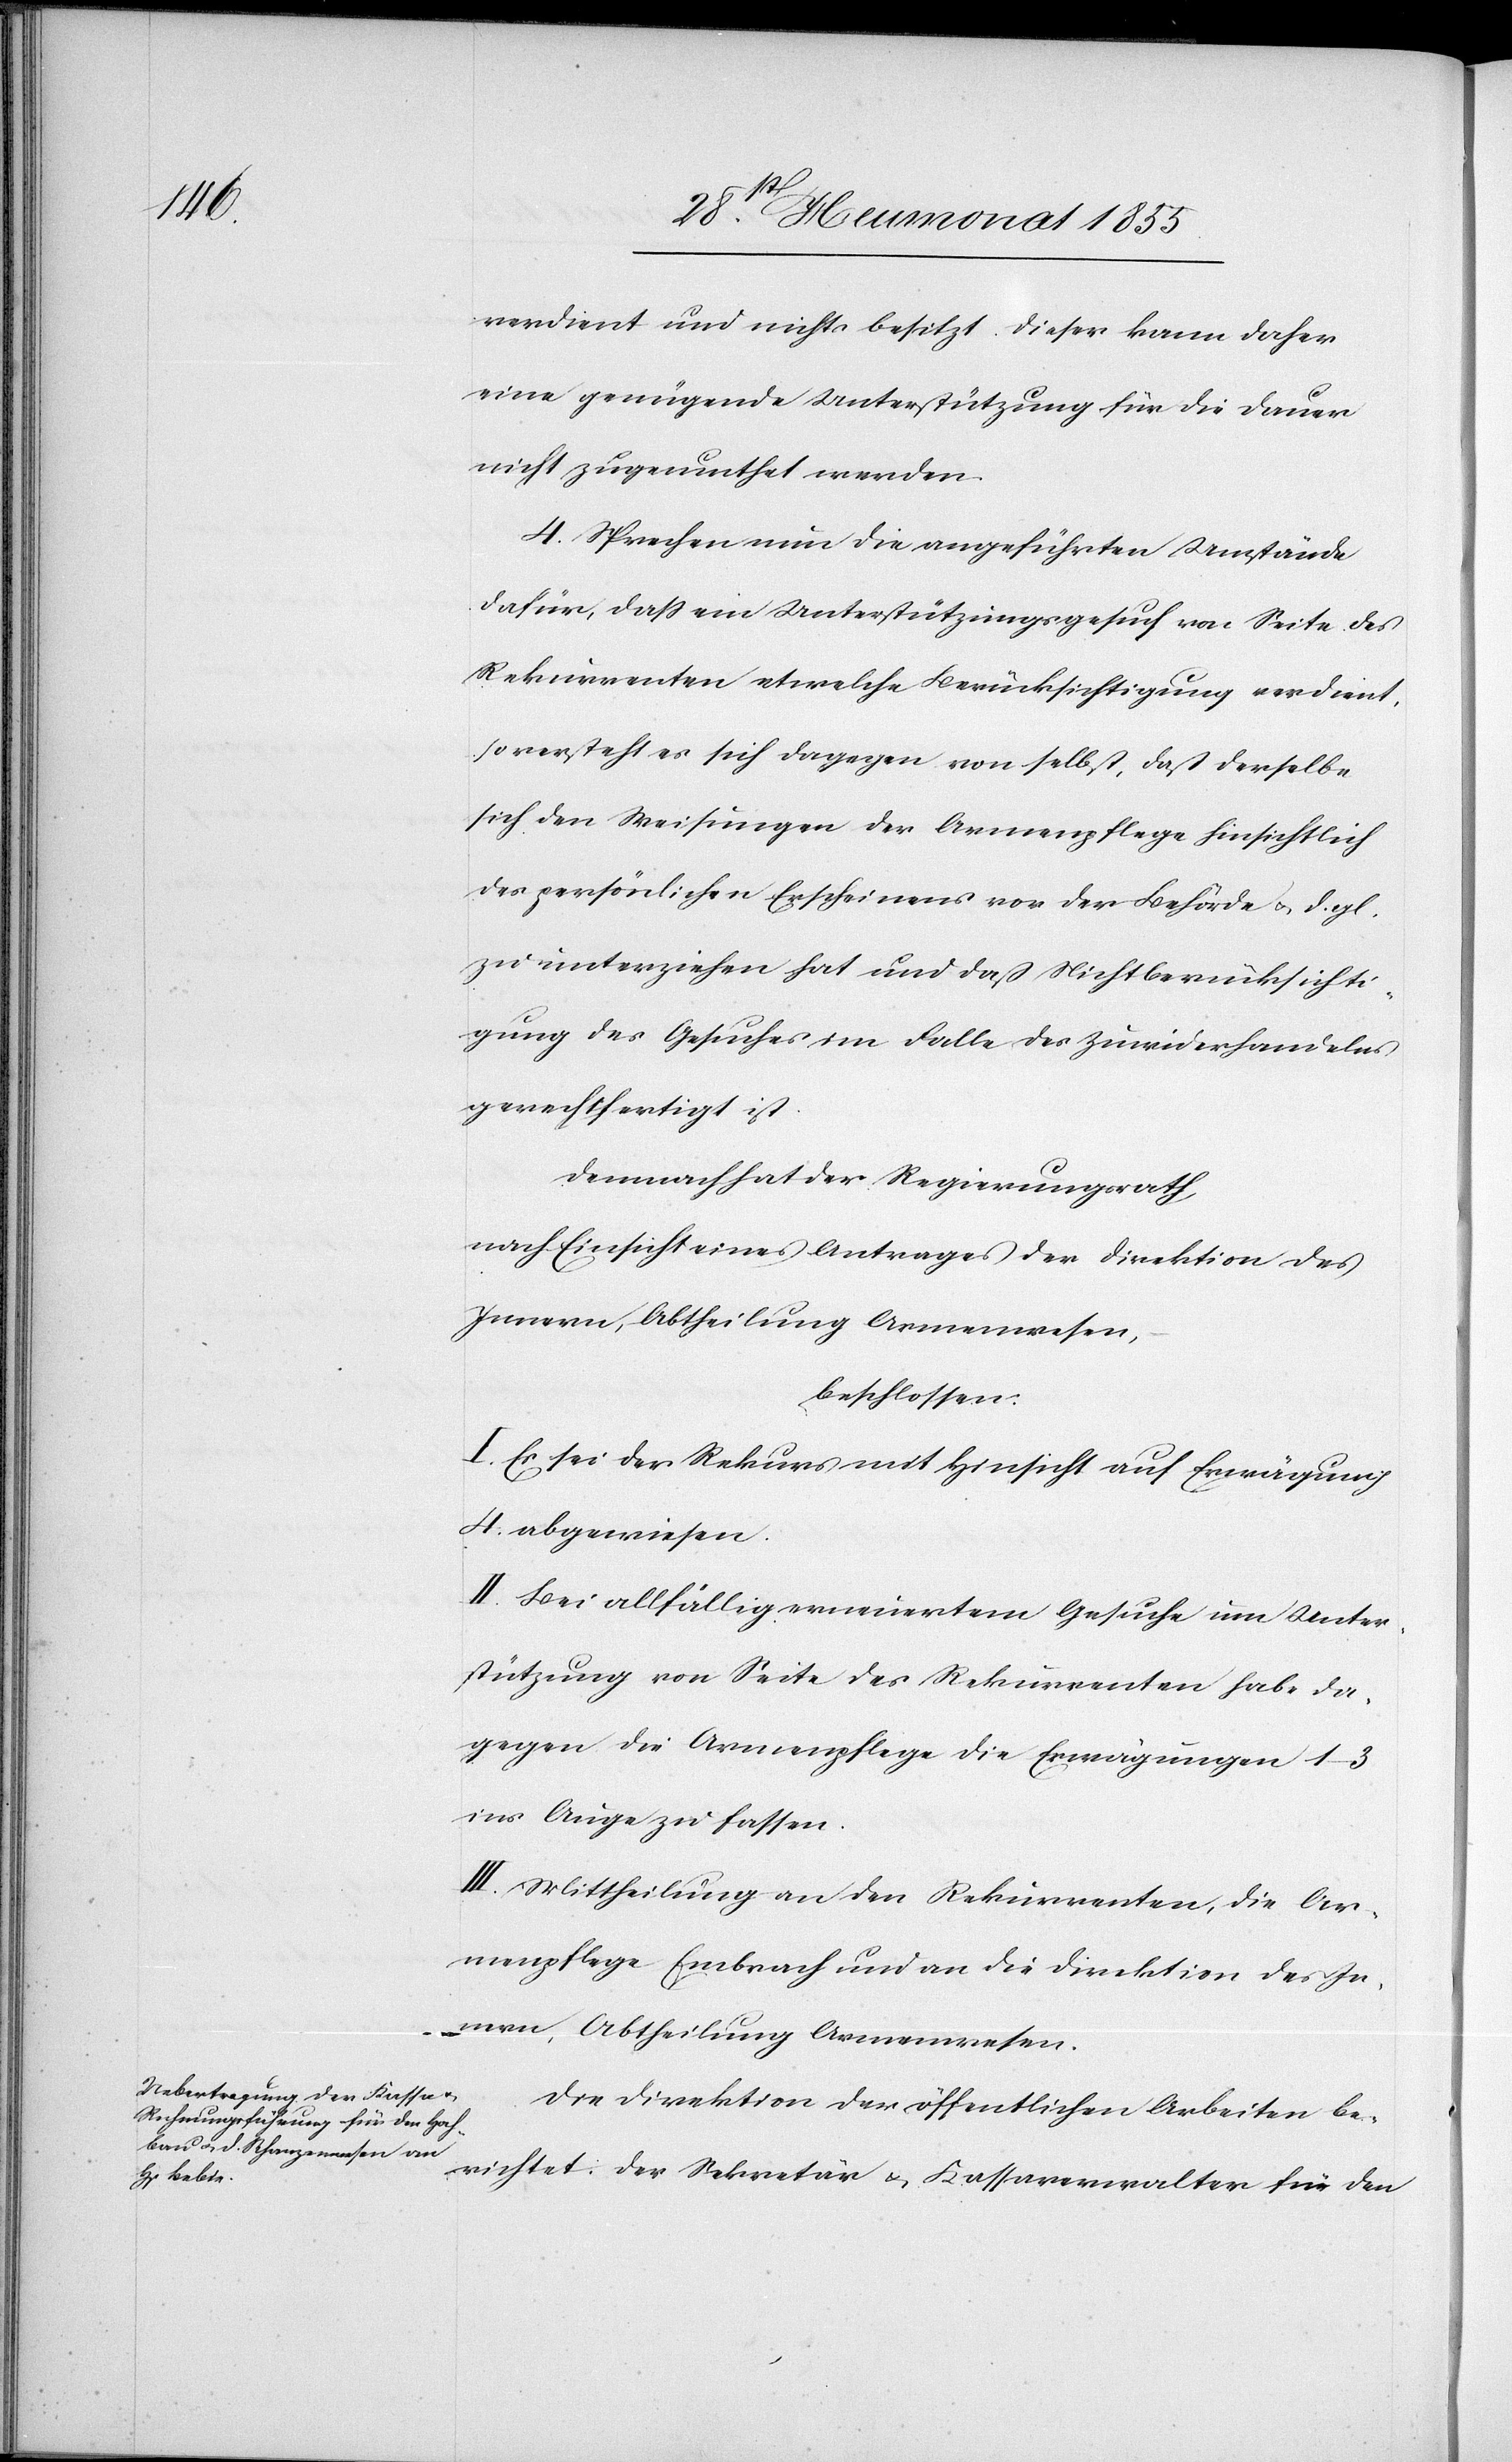
verdient und nichts besitzt. Dieser kann daher
eine genügende Unterstützung für die Dauer
nicht zugemuthet werden.
4. Sprechen nun die angeführten Umstände
dafür, dass ein Unterstützungsgesuch von Seite des
Rekurrenten etwelche Berücksichtigung verdient,
so versteht es sich dagegen von selbst, daß derselbe
sich den Weisungen der Armenpflege hinsichtlich
des persönlichen Erscheinens vor der Behörde & d. gl.
zu unterziehen hat und daß Nichtberücksichti¬
gung des Gesuches im Falle des Zuwiderhandelns
gerechtfertigt ist.
Demnach hat der Regierungsrath,
nach Einsicht eines Antrages der Direktion des
Innern, Abtheilung Armenwesen,
beschlossen:
I. Es sei der Rekurs mit Hinsicht auf Erwägung
4. abgewiesen.
II. Bei allfällig erneuertem Gesuche um Unter¬
stützung von Seite des Rekurrenten habe da¬
gegen die Armenpflege die Erwägungen 1–3
ins Auge zu fassen.
III. Mittheilung an den Rekurrenten, die Ar¬
menpflege Embrach und an die Direktion des In¬
nern, Abtheilung Armenwesen.
Die Direktion der öffentlichen Arbeiten be¬
richtet: Der Sekretär & Kassaverwalter für den